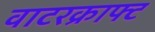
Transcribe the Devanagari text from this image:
वाटरक्राफ्ट